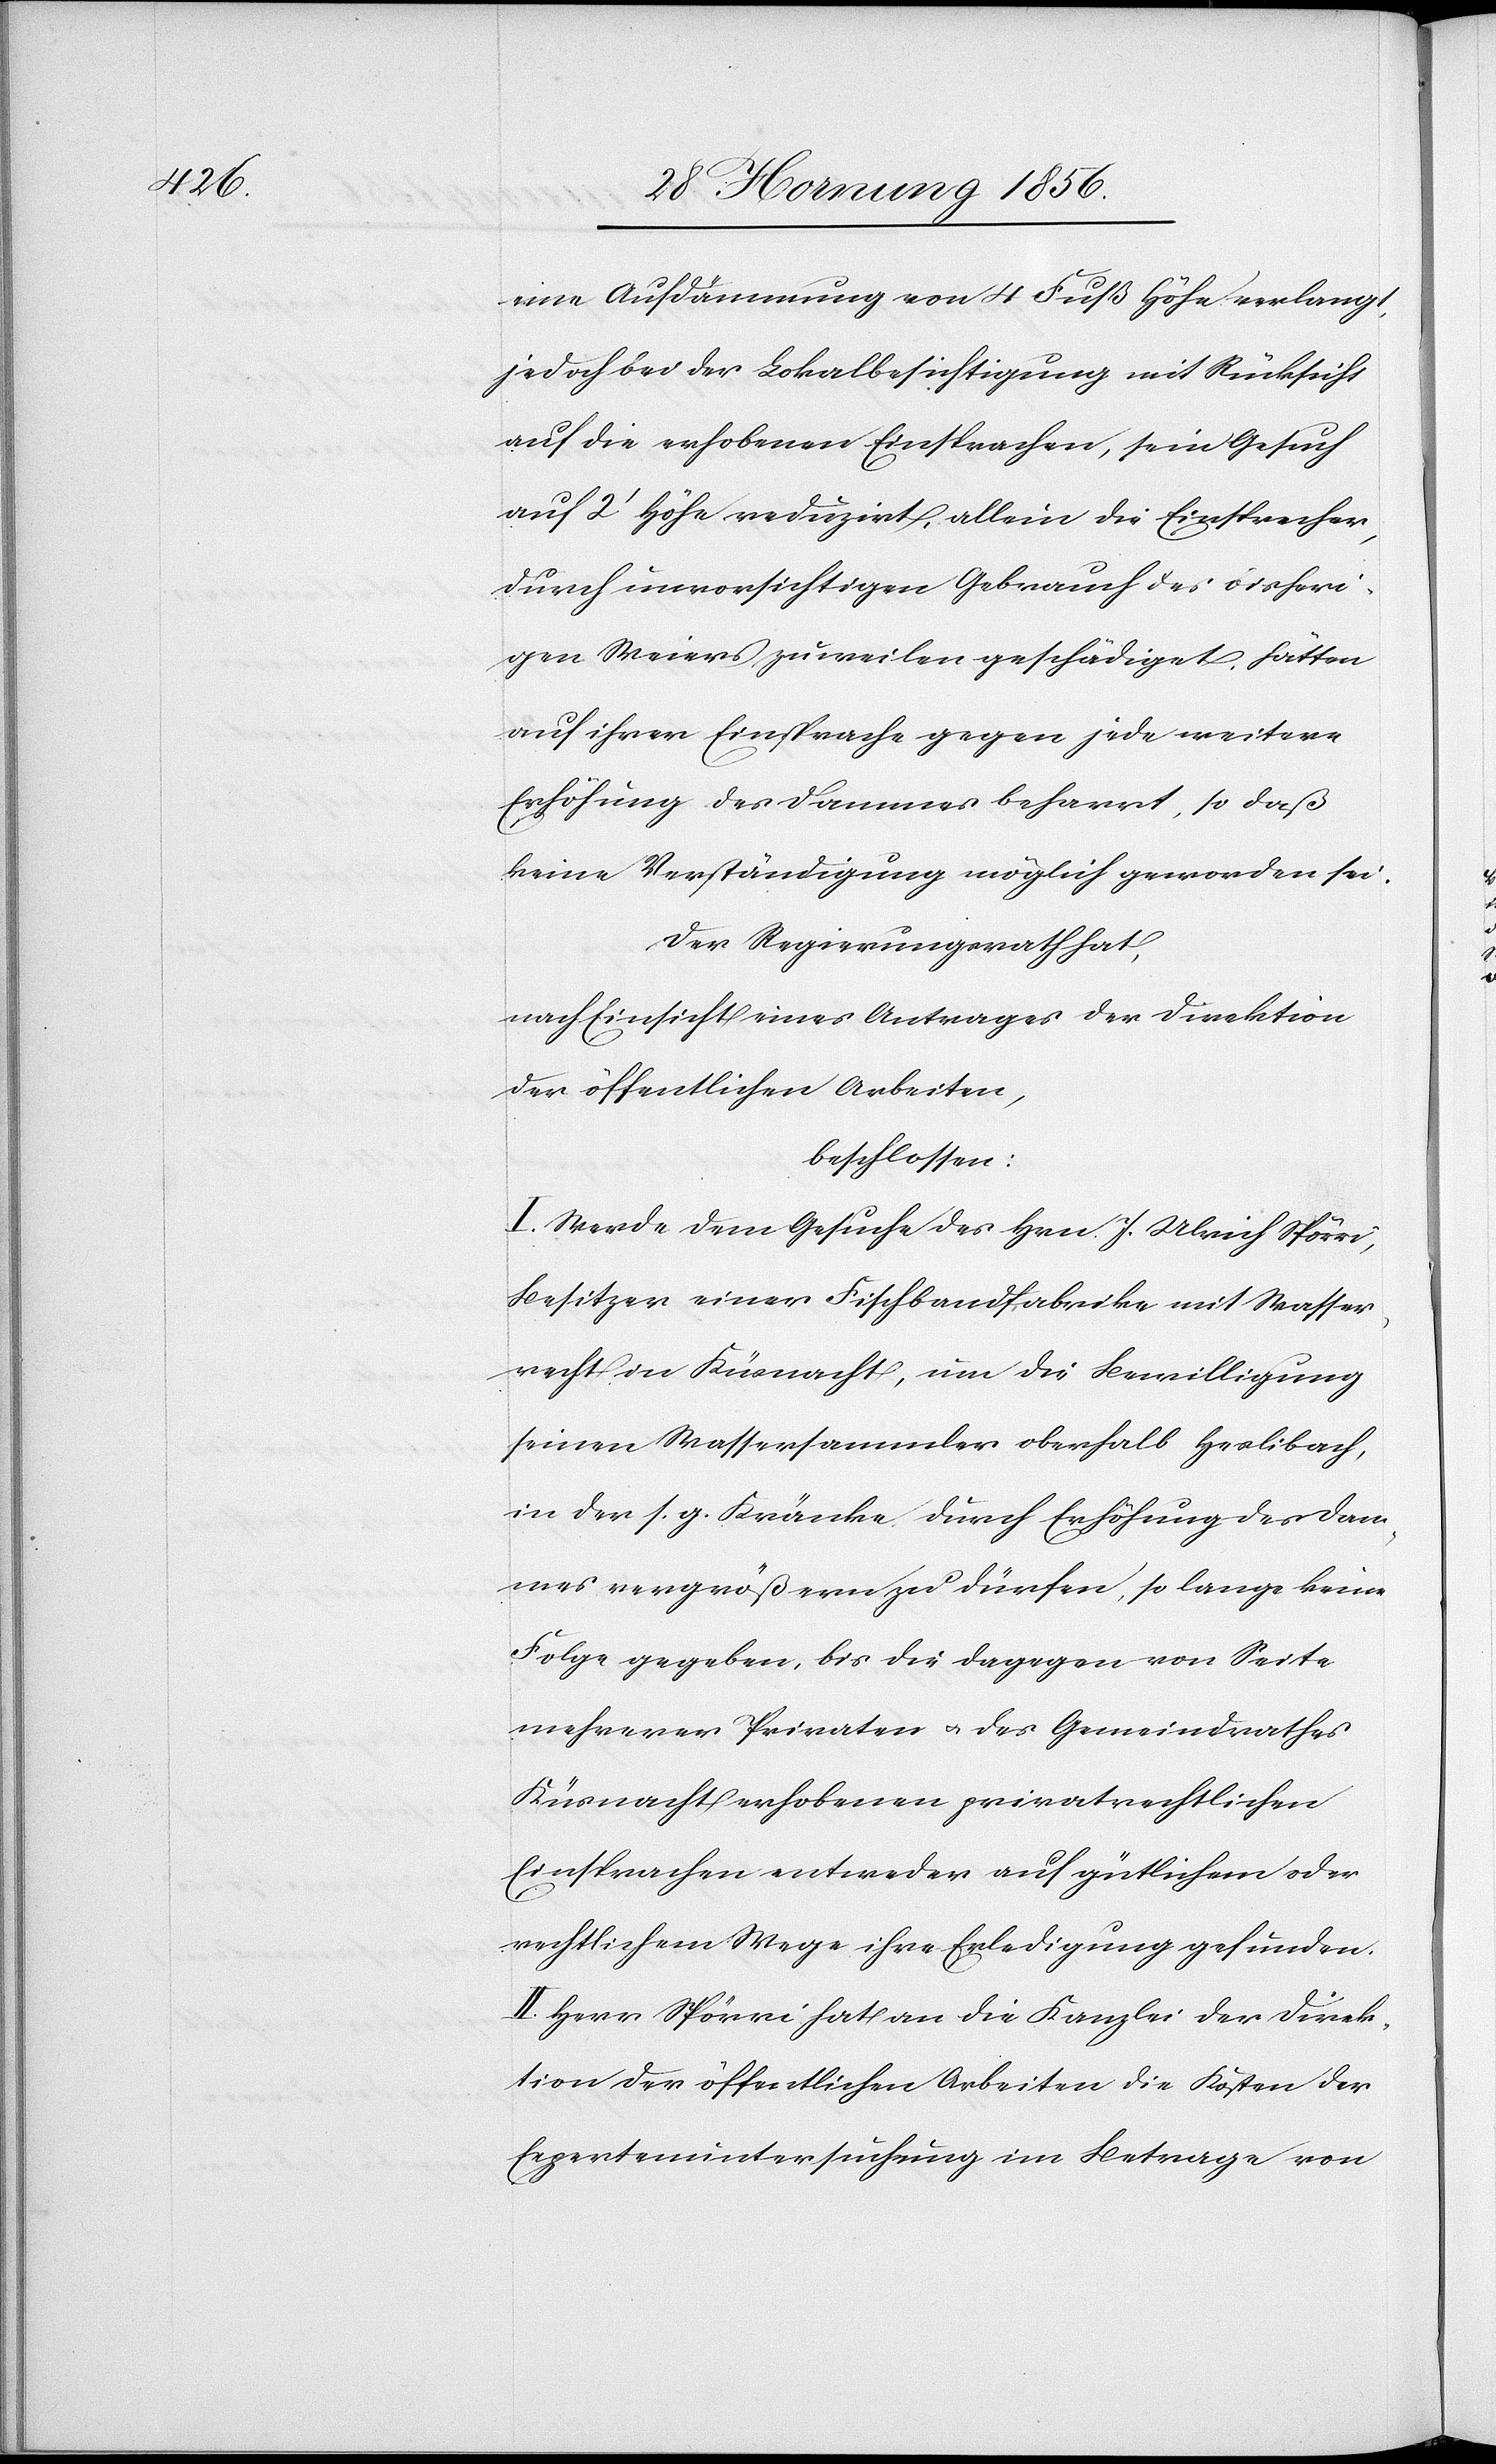
eine Aufdämmung von 4 Fuß Höhe verlangt,
jedoch bei der Lokalbesichtigung mit Rücksicht
auf die erhobenen Einsprachen, sein Gesuch
auf 2’ Höhe reduzirt, allein die Einsprecher,
durch unvorsichtigen Gebrauch des bisheri¬
gen Meiers zuweilen geschädiget, hätten
auf ihrer Einsprache gegen jede weitere
Erhöhung des Dammes beharrt, so daß
keine Verständigung möglich geworden sei.
Der Regierungsrath hat,
nach Einsicht eines Antrages der Direktion
der öffentlichen Arbeiten,
beschlossen:
I. Werde dem Gesuche des Hrn. J. Ulrich Spörri,
Besitzer einer Fischbaufabrike mit Wasser¬
recht in Küsnacht, um die Bewilligung
seinen Wassersammler oberhalb Heslibach,
in der s. g. Kränke durch Erhöhung des Dam¬
mes vergrößern zu dürfen, so lange keine
Folge gegeben, bis die dagegen von Seite
mehrerer Privaten u. des Gemeindrathes
Küsnacht erhobenen privatrechtlichen
Einsprachen entweder auf gütlichen oder
rechtlichem Wege ihre Erledigung gefunden.
II. Herr Spörri hat an die Kanzlei der Direk¬
tion der öffentlichen Arbeiten die Kosten der
Expertenuntersuchung im Betrage von